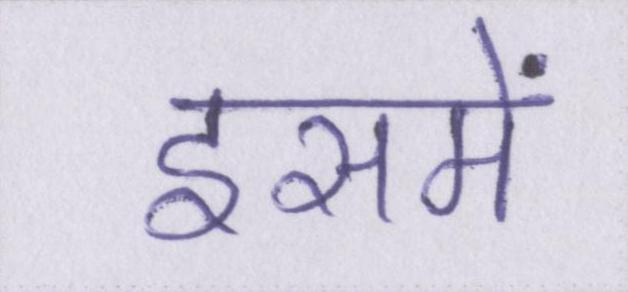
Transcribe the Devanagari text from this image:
इसमें